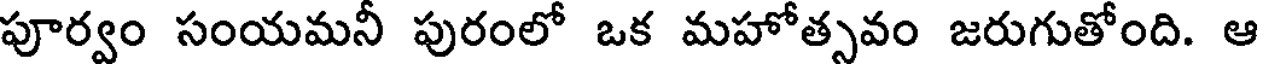
పూర్వం సంయమనీ పురంలో ఒక మహోత్సవం జరుగుతోంది. ఆ